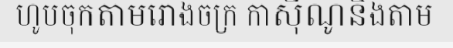
ហូបចុកតាមរោងចក្រ កាស៊ីណូនិងតាម